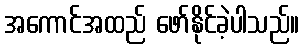
အကောင်အထည် ဖော်နိုင်ခဲ့ပါသည်။